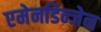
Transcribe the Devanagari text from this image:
एमेनडिन्जेन